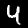
Label: 4